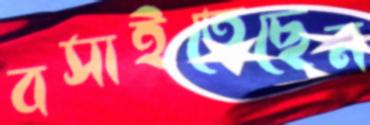
বসাইতেছেন